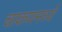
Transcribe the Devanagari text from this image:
चाकणमध्ये